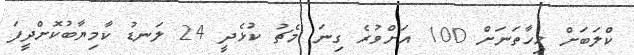
ކްލަބަށް މިހާތަނަށް 100 އަށްވުރެ ގިނަ މެޗު ކުޅެދީ 24 ލަނޑު ކާމިޔާބުކޮށްދީފަ